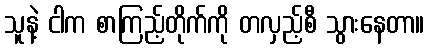
သူနဲ့ ငါက စာကြည့်တိုက်ကို တလှည့်စီ သွားနေတာ။